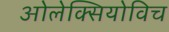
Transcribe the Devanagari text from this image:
ओलेक्सियोविच